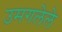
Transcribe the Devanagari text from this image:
उमगलेले